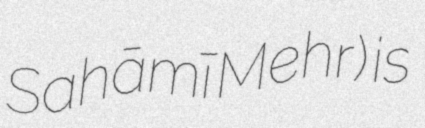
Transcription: Sahāmī Mehr) is